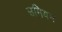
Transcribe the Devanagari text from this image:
उमियम